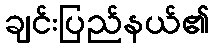
ချင်းပြည်နယ်၏